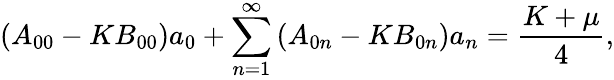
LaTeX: \left(A_{00}-KB_{00}\right)a_{0}+\sum_{n=1}^{\infty}\left(A_{0n}-KB_{0n}\right)a_{n}=\frac{K+\mu}{4},